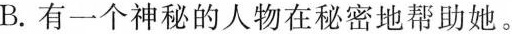
B.有一个神秘的人物在秘密地帮助她。